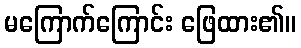
မကြောက်ကြောင်း ဖြေထား၏။